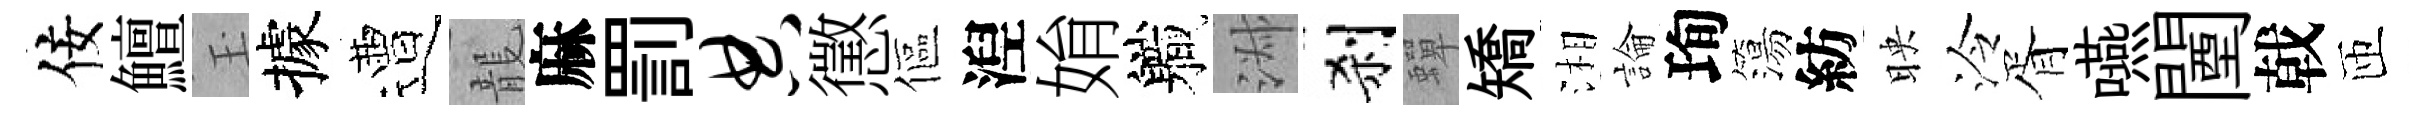
佞鱣玉據遭龍麻罰典懲傴湼姢軄淑刹蟬矯湘論珣簜紡映泠胥嚥闉戟匝